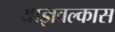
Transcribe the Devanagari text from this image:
याज्ञवल्कास